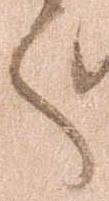
言